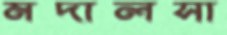
মদালসা